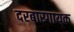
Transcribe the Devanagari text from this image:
दरबारगायक